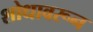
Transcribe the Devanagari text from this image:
शोधावरून